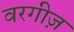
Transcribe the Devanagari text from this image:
वरगीज़